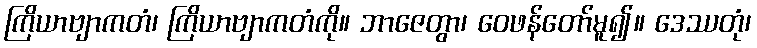
ကြိယာဗျာကတံ၊ ကြိယာဗျာကတံကို။ ဘာဇေတွာ၊ ဝေဖန်တော်မူ၍။ ဒေဿတုံ၊